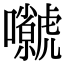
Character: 𡅗